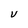
Character: v